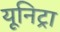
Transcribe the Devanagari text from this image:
यूनिट्रा